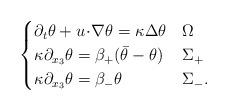
LaTeX: \begin{align*}\begin{cases}\partial_t \theta + u \!\cdot\! \nabla \theta = \kappa \Delta \theta & \Omega \\\kappa \partial_{x_3}\theta=\beta_+(\bar{\theta}-\theta) & \Sigma_+ \\\kappa \partial_{x_3}\theta=\beta_- \theta & \Sigma_-.\end{cases}\end{align*}